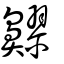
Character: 𪖷